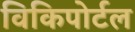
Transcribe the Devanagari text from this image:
विकिपोर्टल